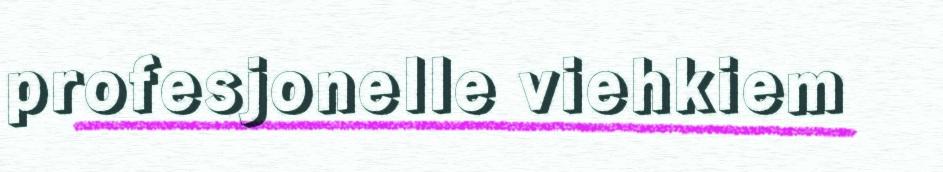
profesjonelle viehkiem